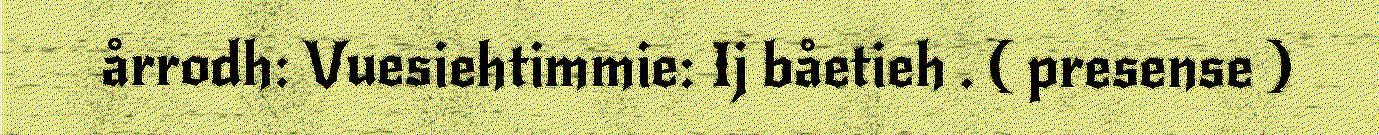
årrodh: Vuesiehtimmie: Ij båetieh . ( presense )